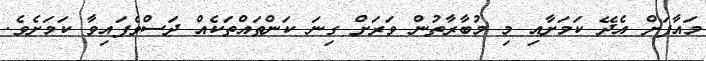
މައާފަށް އެދޭ ކަމަށާއި މި މުބާރާތުން ވަރަށް ގިނަ ކަންތައްތަކެއް ދަސްވެފައިވާ ކަމަށެވެ.